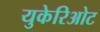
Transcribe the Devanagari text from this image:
युकेरिओट